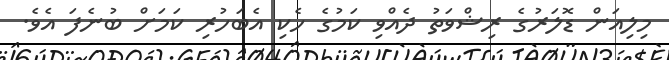
މިލިއަން ޑޮލަރުގެ ރިޝްވަތު ދެއްވި ކަމުގެ ހެކި އެބަހުރި ކަމަށް ބުނެފަ އެވެ.